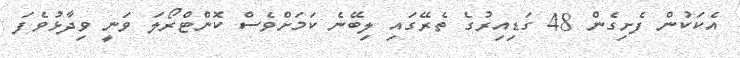
އެކަކުން ފެށިގެން 48 ގަޑިއިރުގެ ތެރޭގައި ލިބޭނެ ކަމަށްވެސް ކޮންޓްރޯލަ ވަނީ ވިދާޅުވެފަ